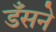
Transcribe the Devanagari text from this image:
डँसने